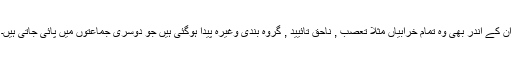
ان کے اندر بھی وہ تمام خرابیاں مثلا تعصب , ناحق تائیید , گروہ بندی وغیرہ پیدا ہوگئی ہیں جو دوسری جماعتوں میں پائی جاتی ہیں۔